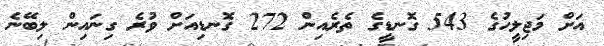
އަށް މަޖިލީހުގެ 543 ގޮނޑީގެ ތެރެއިން 272 ގޮނޑިއަށް ވުރެ ގިނައިން ލިބޭނެ